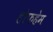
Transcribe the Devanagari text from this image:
होफहेम